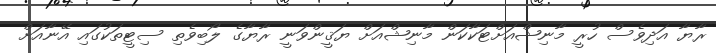
ރާޔާ އަދިވެސް ހުރީ މާނިޝްއަށްޓަކާކަން މާނިޝްއަށް ޔަޤީންވަނީ ރާޔާގެ ލޯބިވެތި ސިޓީތަކުގައި އޭނާއަށް